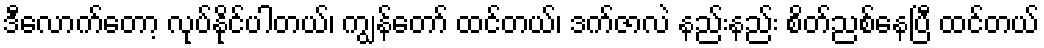
ဒီလောက်တော့ လုပ်နိုင်ပါတယ်၊ ကျွန်တော် ထင်တယ်၊ ဒက်ဇာလဲ နည်းနည်း စိတ်ညစ်နေပြီ ထင်တယ်